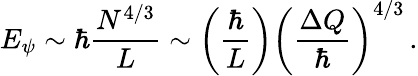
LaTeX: E_{\psi}\sim\hbar\frac{N^{4/3}}{L}\sim\left(\frac{\hbar}{L}\right)\left(\frac{\Delta Q}{\hbar}\right)^{4/3}\, .